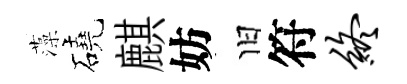
藻磽麒妨旧符终